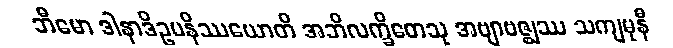
ဘီမော ဒါနာဒိဥပနိဿယောတိ အဘိလက္ခိတေသု အဗျာဗဇ္ဈဿ သကျမုနီ